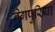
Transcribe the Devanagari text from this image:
नेगपुरिया